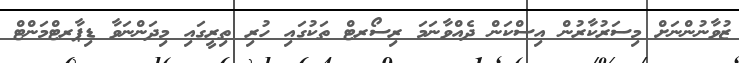
ޒުވާނުންނަށް މިސަރުކާރުން އިސްކަން ދެއްވާނަމަ ރިސޯރޓް ތަކުގައި ހުރި ތިރީގައި މިދަންނަވާ ޑިޕާރޓްމަންޓް